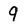
Character: 9